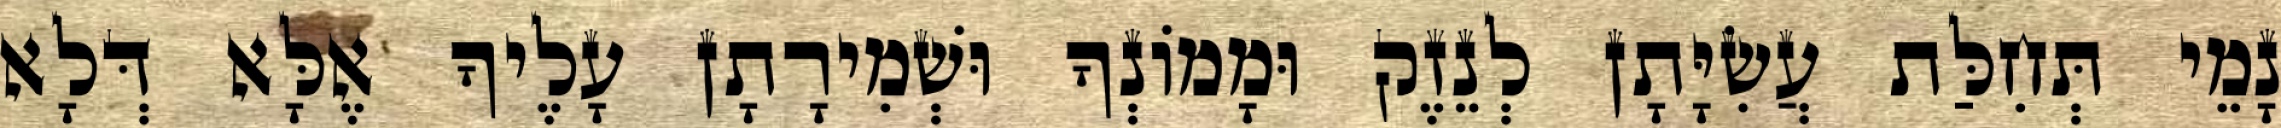
נָמֵי תְּחִלַּת עֲשִׂיָּתָן לְנֵזֶק וּמָמוֹנְךָ וּשְׁמִירָתָן עָלֶיךָ אֶלָּא דְּלָא